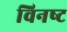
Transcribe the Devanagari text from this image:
विनष्‍ट